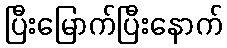
ပြီးမြောက်ပြီးနောက်